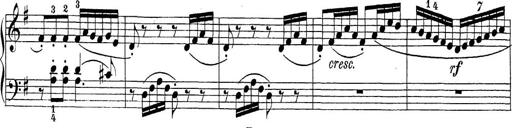
Title: Sonatina Album
Composer: Louis KÃ¶hler